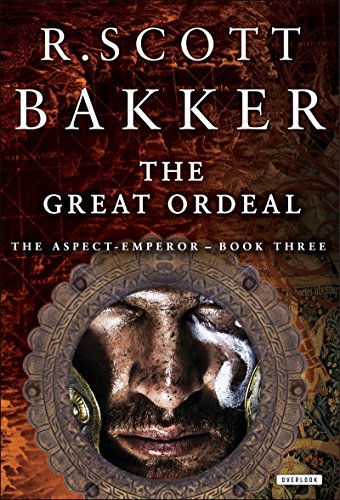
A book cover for The Great Ordeal: Book Three (The Aspect-Emperor Trilogy); R. Scott Bakker; Science Fiction & Fantasy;